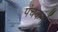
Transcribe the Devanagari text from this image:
पंचकर्मों